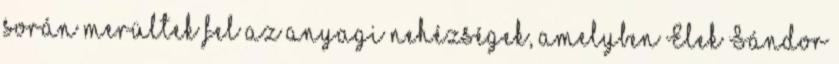
során merültek fel az anyagi nehézségek, amelyben Elek Sándor